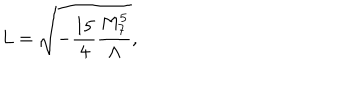
L = \sqrt { - \frac { 1 5 } { 4 } \frac { M _ { 7 } ^ { 5 } } { \Lambda } } ,